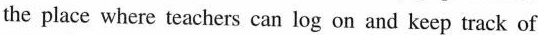
the place where teachers can log on and keep track of